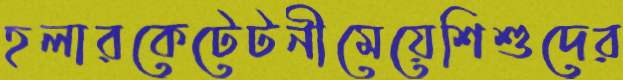
হলারকেটেটনীমেয়েশিশুদের